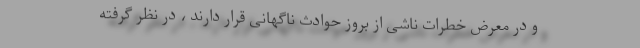
و در معرض خطرات ناشی از بروز حوادث ناگهانی قرار دارند ، در نظر گرفته